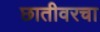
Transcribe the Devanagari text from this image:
छातीवरचा